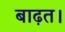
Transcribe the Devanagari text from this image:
बाढ़त।